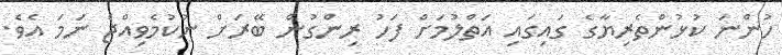
ހުންނަ ކުޅުންތެރިޔާގެ ގައިގައި އަތްލުމަށް ފަހު ރިންގުން ބޭރަށް ނުކުމެވިއްޖެ ނަމަ އެވެ.